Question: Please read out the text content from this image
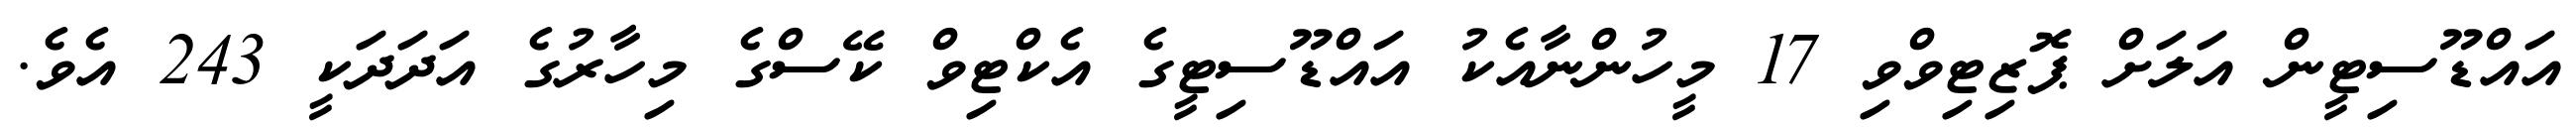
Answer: އައްޑޫސިޓީން އަލަށް ޕޮޒިޓިވްވި 17 މީހުންނާއެކު އައްޑޫސިޓީގެ އެކްޓިވް ކޭސްގެ މިހާރުގެ އަދަދަކީ 243 އެވެ.